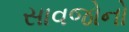
સાવજોનો